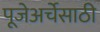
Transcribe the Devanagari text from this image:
पूजेअर्चेसाठी